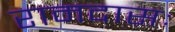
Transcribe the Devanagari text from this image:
रामदासः